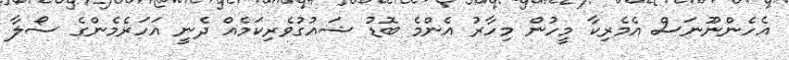
އެހެންނޫނަސް އެމެރިކާ މީހުން މިހާރު އެންމެ ބޮޑު ޝައުގުވެރިކަމެއް ދެނީ އަހަރެމެންގެ ސޯލާ